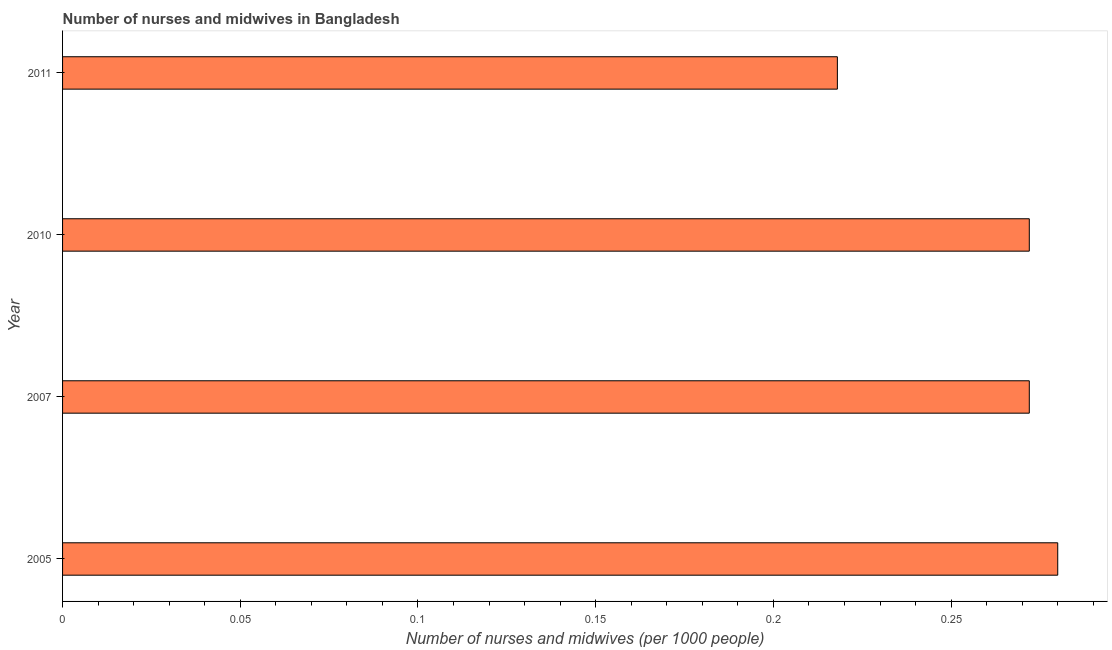
| Year | Nurses and midwives |
 | --- | --- |
 | 2005 | 0.28 |
 | 2007 | 0.272 |
 | 2010 | 0.272 |
 | 2011 | 0.218 |